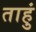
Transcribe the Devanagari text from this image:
ताहुं